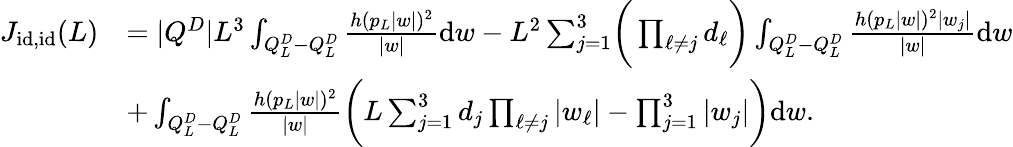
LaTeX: \begin{array}{rl}{J_{\textnormal{id},\textnormal{id}}(L)}&{=|Q^{D}|L^{3}\int_{Q_{L}^{D}-Q_{L}^{D}}\frac{h(p_{L}|w|)^{2}}{|w|}\mathrm{d}w-L^{2}\sum_{j=1}^{3}\biggr(\prod_{\ell\neq j}d_{\ell}\biggr)\int_{Q_{L}^{D}-Q_{L}^{D}}\frac{h(p_{L}|w|)^{2}|w_{j}|}{|w|}\mathrm{d}w}\\ &{+\int_{Q_{L}^{D}-Q_{L}^{D}}\frac{h(p_{L}|w|)^{2}}{|w|}\biggr(L\sum_{j=1}^{3}d_{j}\prod_{\ell\neq j}|w_{\ell}|-\prod_{j=1}^{3}|w_{j}|\biggr)\mathrm{d}w.}\end{array}